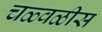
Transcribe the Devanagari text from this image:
चळ्वळीस